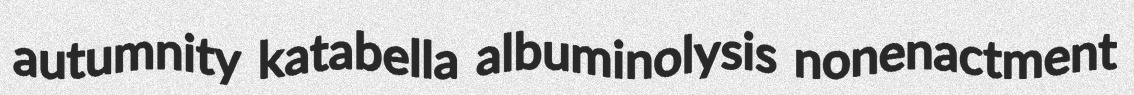
autumnity katabella albuminolysis nonenactment